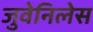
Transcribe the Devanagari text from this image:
जुवेनिलेस